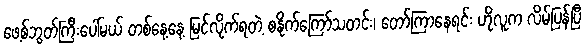
ဖေ့စ်ဘွတ်ကြီးပေါ်မယ် တစ်နေ့နေ့ မြင်လိုက်ရတဲ့ စနိုက်ကြော်သတင်း၊ တော်ကြာနေရင်း ဟိုလူက လိမ်ပြန်ပြီ